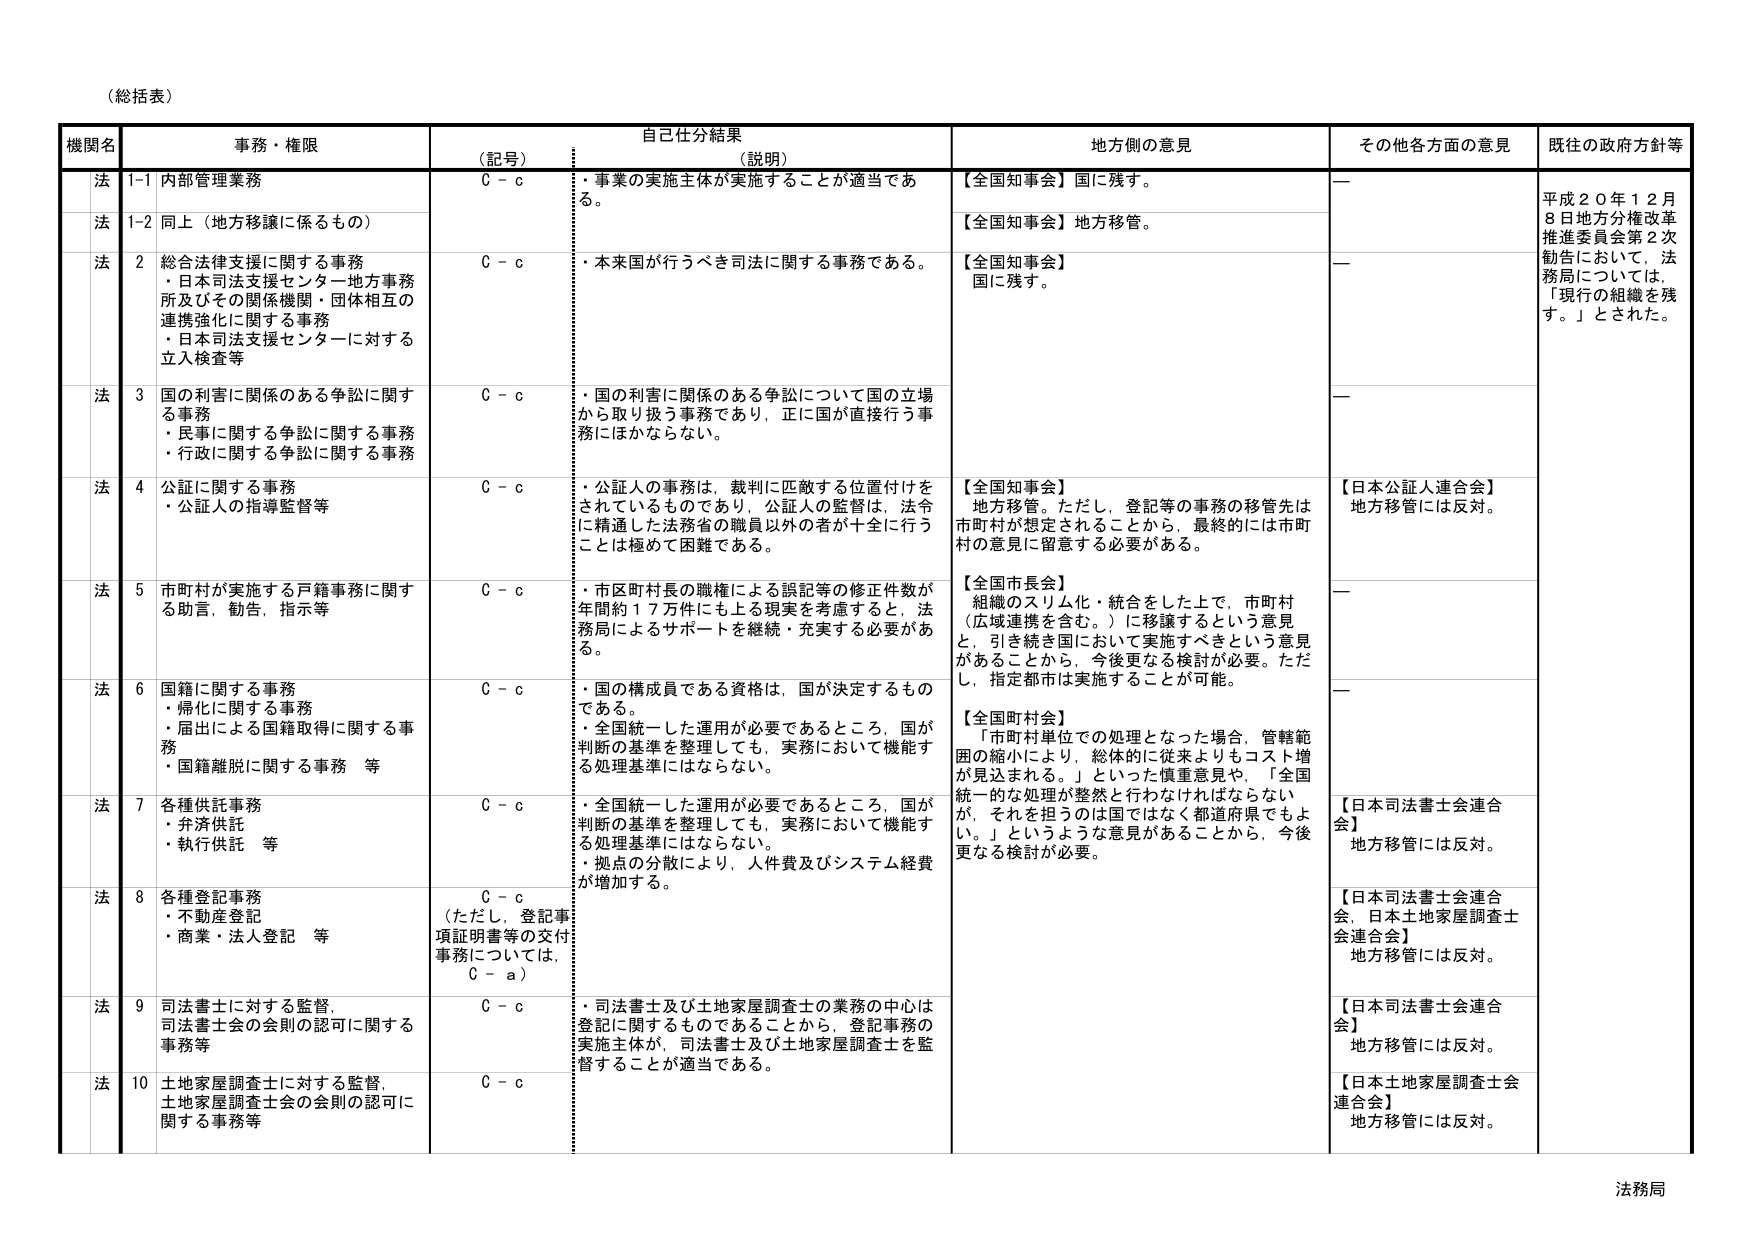
（総括表）

機関名　　事務・権限　　自己仕分結果　　地方側の意見　　その他各方面の意見　　既往の政府方針等
　　　　　　　　　　　（記号）　　（説明）

法　1-1　内部管理業務　　　　C - c　　・事業の実施主体が実施することが適当である。　　【全国知事会】国に残す。　　ー　　平成２０年１２月８日地方分権改革推進委員会第２次勧告において、法務局については、「現行の組織を残す。」とされた。

法　1-2　同上（地方移譲に係るもの）